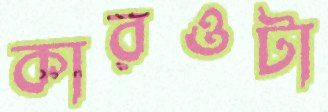
কারওটা